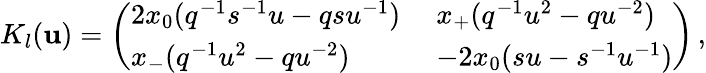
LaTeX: K_{l}(\mathbf{u})=\left(\begin{array}{ll}{{2x_{0}(q^{-1}s^{-1}u-qsu^{-1})\; }}&{{x_{+}(q^{-1}u^{2}-qu^{-2})}}\\ {{x_{-}(q^{-1}u^{2}-qu^{-2})\; }}&{{-2x_{0}(su-s^{-1}u^{-1})}}\end{array}\right)\, ,